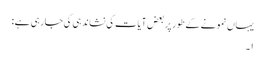
یہاں نمونے کے طور پر بعض آیات کی نشاندہی کی جارہی ہے :
١۔